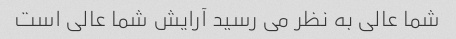
شما عالی به نظر می رسید آرایش شما عالی است